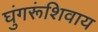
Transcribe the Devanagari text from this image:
घुंगरूंशिवाय